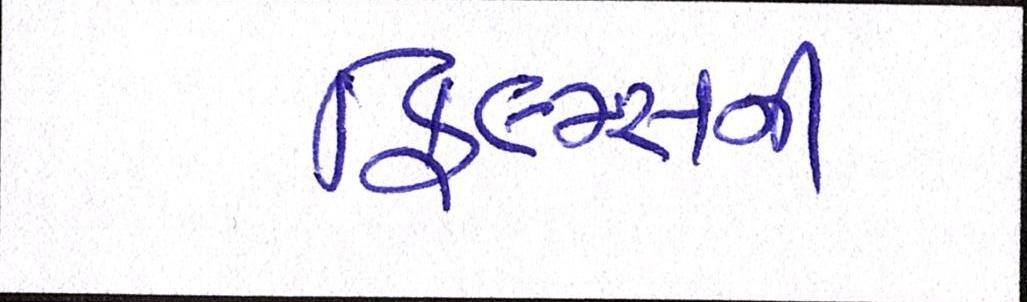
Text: ફિલ્મ્સની